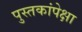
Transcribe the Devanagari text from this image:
पुस्तकांपेक्षा